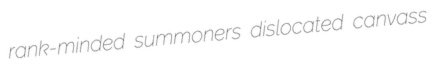
rank-minded summoners dislocated canvass